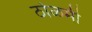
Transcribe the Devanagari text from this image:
ठोळमी